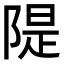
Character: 隄